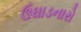
ઉઘાડનારો